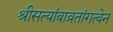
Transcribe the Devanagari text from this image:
श्रीसत्यांबाव्रतांगत्वेन